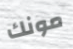
مونك